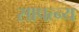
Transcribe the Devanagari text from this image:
सापत्न्य